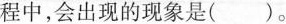
程中，会出现的现象是( )。